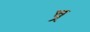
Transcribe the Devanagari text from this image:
च्र्